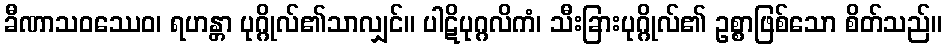
ခီဏာသဝဿေဝ၊ ရဟန္တာ ပုဂ္ဂိုလ်၏သာလျှင်။ ပါဋိပုဂ္ဂလိကံ၊ သီးခြားပုဂ္ဂိုလ်၏ ဥစ္စာဖြစ်သော စိတ်သည်။